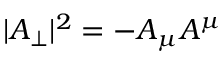
| A _ { \perp } | ^ { 2 } = - A _ { \mu } A ^ { \mu }